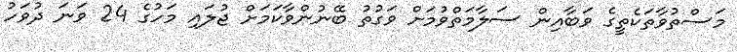
މަަސްތުވާތަކެތީގެ ވަބާއިން ސަލާމަތްވުމަށް ވަގުތު ބޭނުންވާކަމަށް ޖުލައި މަހުގެ 24 ވަނަ ދުވަހު